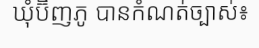
ឃុំប៊ិញភូ បានកំណត់ច្បាស់៖